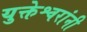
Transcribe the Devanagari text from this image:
युक्तेश्वरांनी